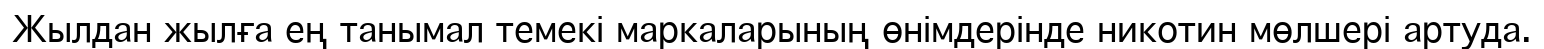
Жылдан жылға ең танымал темекі маркаларының өнімдерінде никотин мөлшері артуда.